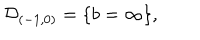
LaTeX: { \cal D } _ { ( - 1 , 0 ) } = \{ b = \infty \} ,